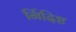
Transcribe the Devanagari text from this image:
र्निदिष्ट